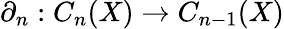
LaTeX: \partial_{n}:C_{n}(X)\to C_{n-1}(X)